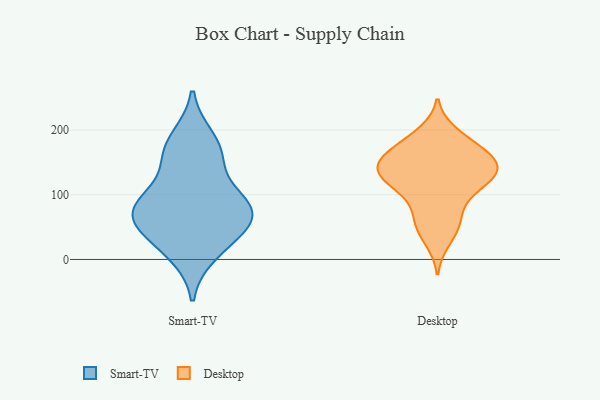
{"axis": {"x": "Production Output", "y": "Value"}, "legend": ["Desktop", "Smart-TV"], "data": [{"x": "", "y": 32, "type": "Smart-TV"}, {"x": "", "y": 92, "type": "Smart-TV"}, {"x": "", "y": 83, "type": "Smart-TV"}, {"x": "", "y": 10, "type": "Smart-TV"}, {"x": "", "y": 49, "type": "Smart-TV"}, {"x": "", "y": 160, "type": "Smart-TV"}, {"x": "", "y": 186, "type": "Smart-TV"}, {"x": "", "y": 67, "type": "Smart-TV"}, {"x": "", "y": 76, "type": "Smart-TV"}, {"x": "", "y": 159, "type": "Smart-TV"}, {"x": "", "y": 80, "type": "Smart-TV"}, {"x": "", "y": 169, "type": "Desktop"}, {"x": "", "y": 126, "type": "Desktop"}, {"x": "", "y": 130, "type": "Desktop"}, {"x": "", "y": 112, "type": "Desktop"}, {"x": "", "y": 27, "type": "Desktop"}, {"x": "", "y": 112, "type": "Desktop"}, {"x": "", "y": 197, "type": "Desktop"}, {"x": "", "y": 163, "type": "Desktop"}, {"x": "", "y": 54, "type": "Desktop"}, {"x": "", "y": 130, "type": "Desktop"}, {"x": "", "y": 127, "type": "Desktop"}, {"x": "", "y": 72, "type": "Desktop"}, {"x": "", "y": 90, "type": "Desktop"}, {"x": "", "y": 165, "type": "Desktop"}, {"x": "", "y": 155, "type": "Desktop"}, {"x": "", "y": 52, "type": "Desktop"}, {"x": "", "y": 146, "type": "Desktop"}, {"x": "", "y": 155, "type": "Desktop"}, {"x": "", "y": 140, "type": "Desktop"}, {"x": "", "y": 190, "type": "Desktop"}]}